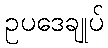
ဥပဒေချုပ်